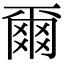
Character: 爾